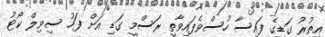
އިތުރު ގަޑީގެ ފައިސާ ހުސްވެފައިވާތީ ރަސްމީ ގަޑި އަށް ފަހު ސިވިލް ކޯޓު